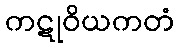
ကဋုဝိယကတံ